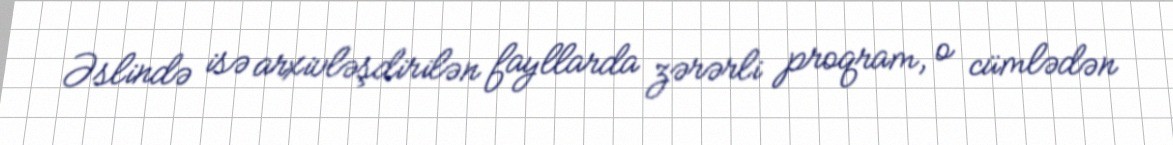
Əslində isə arxivləşdirilən fayllarda zərərli proqram, o cümlədən